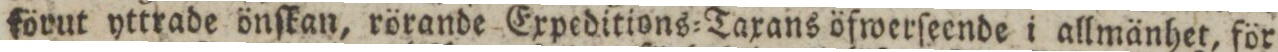
förut yttrade önſkan, rörande Expeditions=Taxans öfwerſeende i allmänhet, för